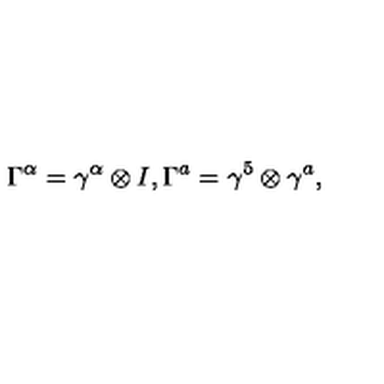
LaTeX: \Gamma ^ { \alpha } = \gamma ^ { \alpha } \otimes I , \Gamma ^ { a } = \gamma ^ { 5 } \otimes \gamma ^ { a } ,